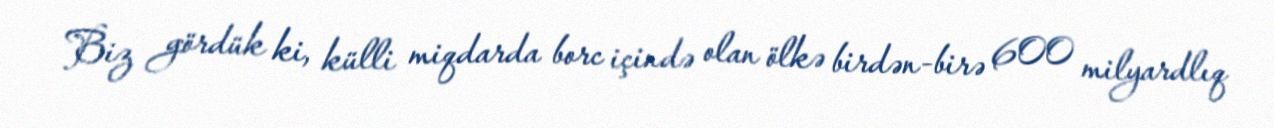
Biz gördük ki, külli miqdarda borc içində olan ölkə birdən-birə 600 milyardlıq